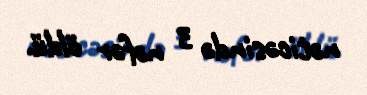
nəticəsində 3 nəfər öldü.